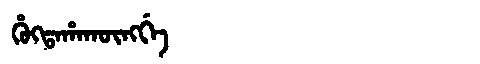
Manchu: ᡥᡠᡴᡨᠠᡥᠠᡴᡡᠩᡤᡝ
Romanization: HUKTAHAKŪNGGE